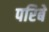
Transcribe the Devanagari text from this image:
परिबे